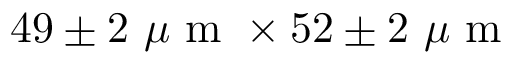
4 9 \pm 2 ~ \mu \textrm { m } \times 5 2 \pm 2 ~ \mu \textrm { m }